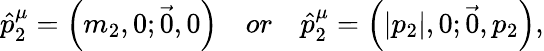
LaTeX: \hat{p}_{2}^{\mu}=\left(m_{2},0;\vec{0},0\right)\quad or\quad\hat{p}_{2}^{\mu}=\left(\left|p_{2}\right|,0;\vec{0},p_{2}\right),